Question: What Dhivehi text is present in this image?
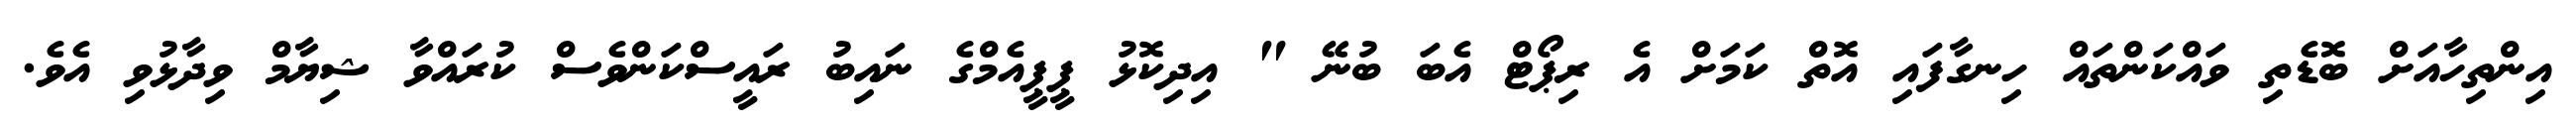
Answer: އިންތިހާއަށް ބޮޑެތި ވައްކަންތައް ހިނގާފައި އޮތް ކަމަށް އެ ރިޕޯޓް އެބަ ބުނޭ " އިދިކޮޅު ޕީޕީއެމްގެ ނައިބު ރައީސްކަންވެސް ކުރައްވާ ޝިޔާމް ވިދާޅުވި އެވެ.